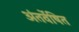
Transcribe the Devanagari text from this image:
अंतर्वेषित